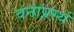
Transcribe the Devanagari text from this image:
वनाप्रस्थं